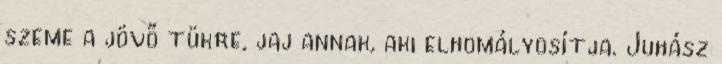
szeme a jövő tükre, jaj annak, aki elhomályosítja. Juhász